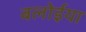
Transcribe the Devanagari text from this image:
बलोईया